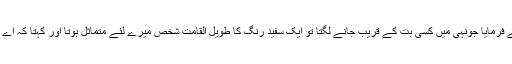
آپؐ نے فرمایا جونہی میں کسی بت کے قریب جانے لگتا تو ایک سفید رنگ کا طویل القامت شخص میرے لئے متماثل ہوتا اور کہتا کہ اے محمد!